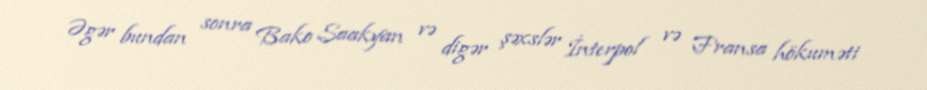
Əgər bundan sonra Bako Saakyan və digər şəxslər İnterpol və Fransa hökuməti